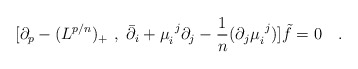
\begin{align*}[\partial_p - (L^{p/n})_+\ ,\ \bar\partial_i + \mu_i^{\ j}\partial_j-{1\over n} (\partial_j\mu_i^{\ j})]\tilde{f}=0\quad. \end{align*}